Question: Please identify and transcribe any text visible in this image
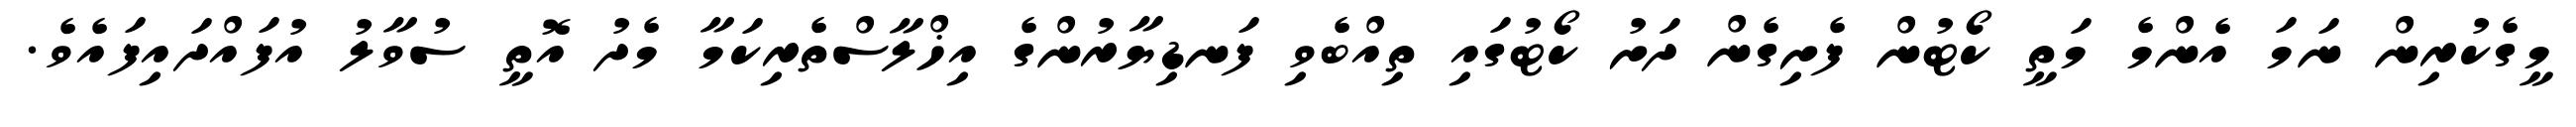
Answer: މީގެކުރިން ނަމަ އެންމެ މަތީ ކޯޓުން ފެށިގެން ދަށު ކޯޓުގައި ތިއްބެވި ފަނޑިޔާރުންގެ އިޚްލާސްތެރިކަމާ މެދު އޮތީ ސުވާލު އުފައްދައިފައެވެ.